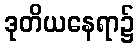
ဒုတိယနေရာ၌